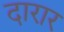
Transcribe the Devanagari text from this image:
दारार